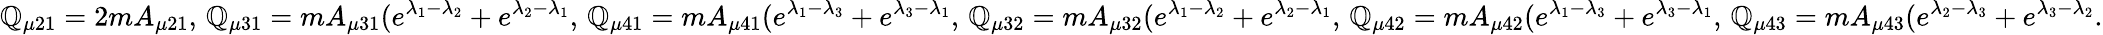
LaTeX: \mathbb{Q}_{\mu21}=2mA_{\mu21},\, \mathbb{Q}_{\mu31}=mA_{\mu31}(e^{\lambda_{1}-\lambda_{2}}+e^{\lambda_{2}-\lambda_{1}},\, \mathbb{Q}_{\mu41}=mA_{\mu41}(e^{\lambda_{1}-\lambda_{3}}+e^{\lambda_{3}-\lambda_{1}},\, \mathbb{Q}_{\mu32}=mA_{\mu32}(e^{\lambda_{1}-\lambda_{2}}+e^{\lambda_{2}-\lambda_{1}},\, \mathbb{Q}_{\mu42}=mA_{\mu42}(e^{\lambda_{1}-\lambda_{3}}+e^{\lambda_{3}-\lambda_{1}},\, \mathbb{Q}_{\mu43}=mA_{\mu43}(e^{\lambda_{2}-\lambda_{3}}+e^{\lambda_{3}-\lambda_{2}}.